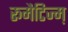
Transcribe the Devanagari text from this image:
रूमैटिज्म़